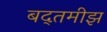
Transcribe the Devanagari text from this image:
बद्तमीझ